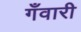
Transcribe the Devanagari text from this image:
गँवारी